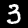
Label: 3